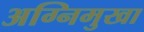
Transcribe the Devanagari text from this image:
अग्निमुखा